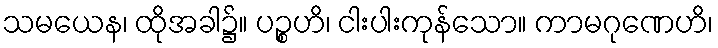
သမယေန၊ ထိုအခါ၌။ ပဉ္စဟိ၊ ငါးပါးကုန်သော။ ကာမဂုဏေဟိ၊